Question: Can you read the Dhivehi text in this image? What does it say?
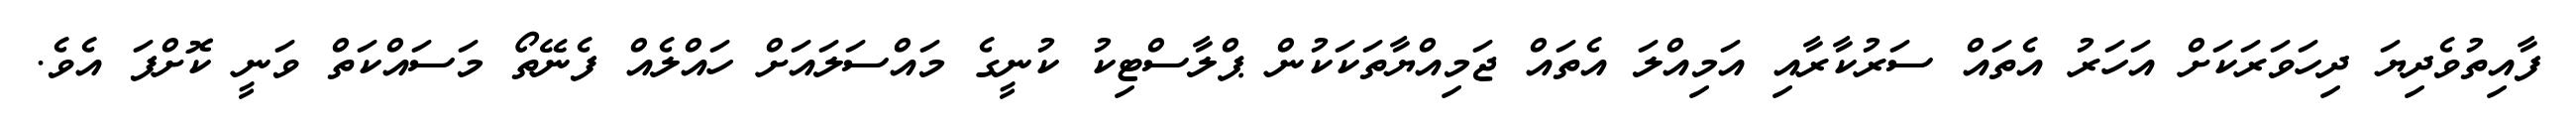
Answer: ފާއިތުވެދިޔަ ދިހަވަރަކަށް އަހަރު އެތައް ސަރުކާރާއި އަމިއްލަ އެތައް ޖަމިއްޔާތަކަކުން ޕްލާސްޓިކު ކުނީގެ މައްސަލައަށް ހައްލެއް ފެނޭތޯ މަސައްކަތް ވަނީ ކޮށްފަ އެވެ.